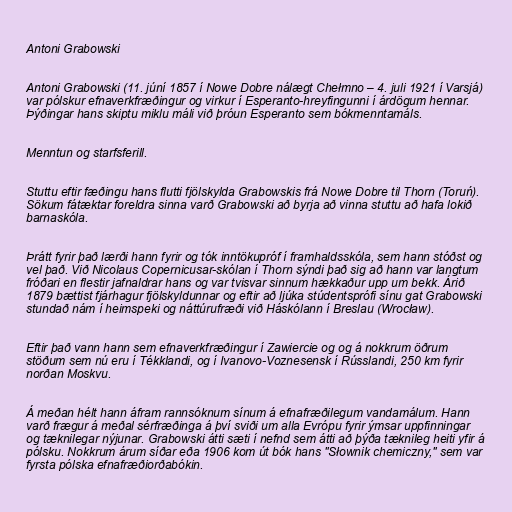
Antoni Grabowski

Antoni Grabowski (11. júní 1857 í Nowe Dobre nálægt Chełmno – 4. juli 1921 í Varsjá)
var pólskur efnaverkfræðingur og virkur í Esperanto-hreyfingunni í árdögum hennar.
Þýðingar hans skiptu miklu máli við þróun Esperanto sem bókmenntamáls.

Menntun og starfsferill.

Stuttu eftir fæðingu hans flutti fjölskylda Grabowskis frá Nowe Dobre til Thorn (Toruń).
Sökum fátæktar foreldra sinna varð Grabowski að byrja að vinna stuttu að hafa lokið
barnaskóla.

Þrátt fyrir það lærði hann fyrir og tók inntökupróf í framhaldsskóla, sem hann stóðst og
vel það. Við Nicolaus Copernicusar-skólan í Thorn sýndi það sig að hann var langtum
fróðari en flestir jafnaldrar hans og var tvisvar sinnum hækkaður upp um bekk. Árið
1879 bættist fjárhagur fjölskyldunnar og eftir að ljúka stúdentsprófi sínu gat Grabowski
stundað nám í heimspeki og náttúrufræði við Háskólann í Breslau (Wrocław).

Eftir það vann hann sem efnaverkfræðingur í Zawiercie og og á nokkrum öðrum
stöðum sem nú eru í Tékklandi, og í Ivanovo-Voznesensk í Rússlandi, 250 km fyrir
norðan Moskvu.

Á meðan hélt hann áfram rannsóknum sínum á efnafræðilegum vandamálum. Hann
varð frægur á meðal sérfræðinga á því sviði um alla Evrópu fyrir ýmsar uppfinningar
og tæknilegar nýjunar. Grabowski átti sæti í nefnd sem átti að þýða tæknileg heiti yfir á
pólsku. Nokkrum árum síðar eða 1906 kom út bók hans "Słownik chemiczny," sem var
fyrsta pólska efnafræðiorðabókin.